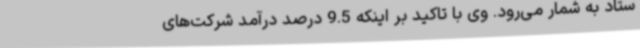
ستاد به شمار می‌رود. وی با تاکید بر اینکه 9.5 درصد درآمد شرکت‌های